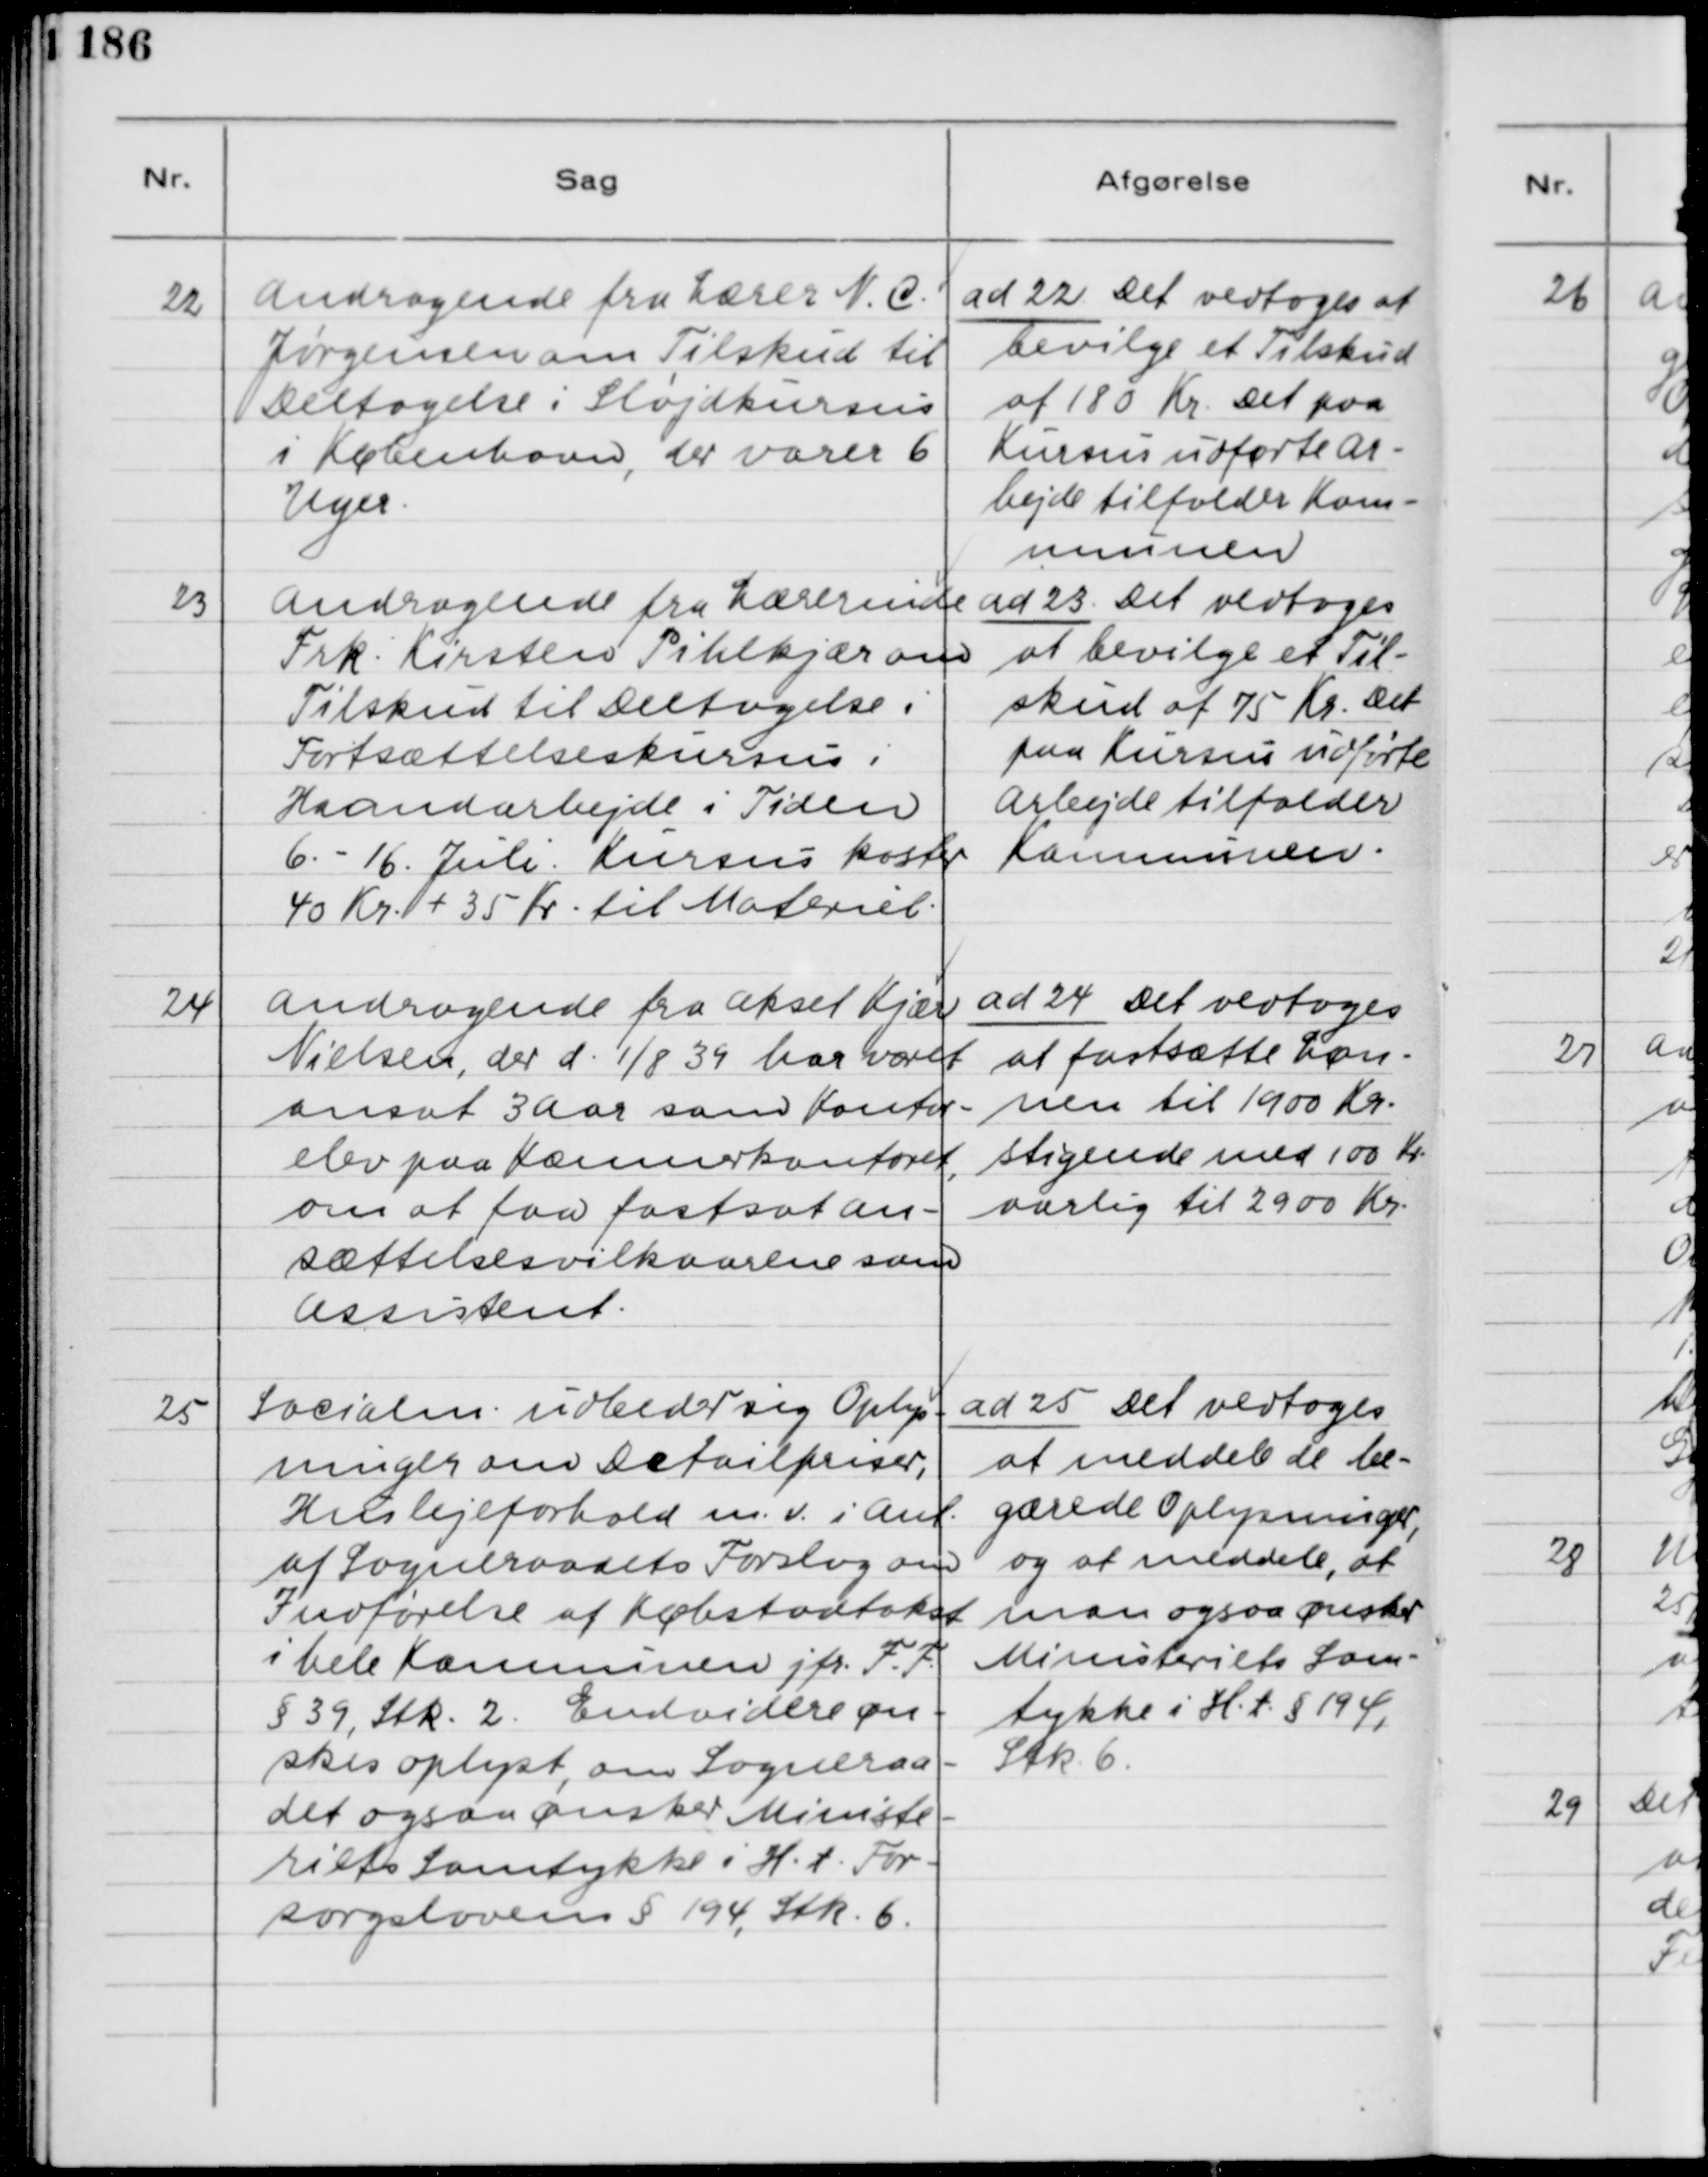
Transskription:
22

Andragende fra Lærer N. C.
Jørgensen om Tilskud til
Deltagelse i Sløjdkursus
i København, der varer 6
Uger

ad 22. Det vedtoges at
bevilge et Tilskud
af 180 Kr. Det paa
Kursus udførte Ar-
bejde tilfalder Kom-
munen.

23

Andragende fra Lærerinde
Frk. Kirsten Pihlkjær om
Tilskud til Deltagelse i
Fortsættelseskursus i
Haandarbejde i Tiden
6. - 16. Juli. Kursus koster
40 Kr. + 35 Kr. til Materiel.

ad 23. Det vedtoges
at bevilge et Til-
skud af 75 Kr. Det
paa Kursus udførte
Arbejde tilfalder
Kommunen.

24

Andragende fra Aksel Kjær
Nielsen, der d. 1/8 39 har været
ansat 3 Aar som Kontor-
elev paa Kæmnerkontoret,
om at faa fastsat An-
sættelsesvilkaarene som
Assistent.

ad 24. Det vedtoges
at fastholde Løn-
nen til 1900 Kr.
stigende med 100 Kr.
aarlig til 2900 Kr.

25

Socialm. udbeder sig Oplys-
ninger om Detailpriser,
Huslejeforhold m.v. i Anl.
af Sogneraadets Forslag om
Indførelse af Købstadstakst
i hele Kommunen jfr. FF
§ 39, Stk. 2. Endvidere øn-
skes oplyst, om Sogneraa-
det ogsaa ønsker Ministe-
riets Samtykke i H.t. For-
sorgsloven § 194, Stk. 6.

ad 25. Det vedtoges
at meddele de be-
gærede Oplysninger,
og at meddele, at
man også ønsker
Ministeriets Sam-
tykke i H.t. § 194,
Stk. 6.